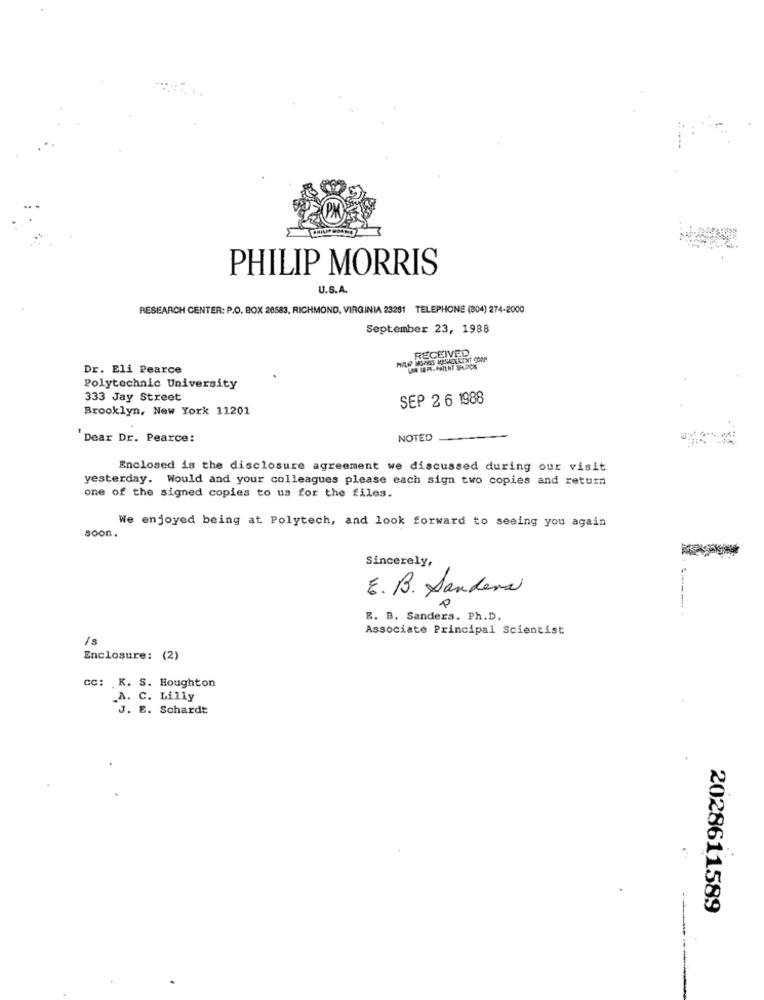
PHILIP MORRIS
U.S.A.
RESEARCH CENTER: P.O. BOX 28583, RICHMOND, VIRGINIA 23291 TELEPHONE (804) 274-2000
September 23, 1988
RECEIVED
Dr. Eli Pearce
Polytechnic University
333 Jay Street
SEP 2 6 1988
Brooklyn, New York 11201
'Dear Dr. Pearce:
NOTED
Enclosed is the disclosure agreement we discussed during our visit
yesterday. Would and your colleagues please each sign two copies and return
one of the signed copies to us for the files.
We enjoyed being at Polytech, and look forward to seeing you again
soon.
Sincerely,
E. B. Sanders
E. B. Sanders. Ph.D.
Associate Principal Scientist
Is
Enclosure: (2)
cc: K. S. Houghton
.A. C. Lilly
J. E. Schardt
2028611589